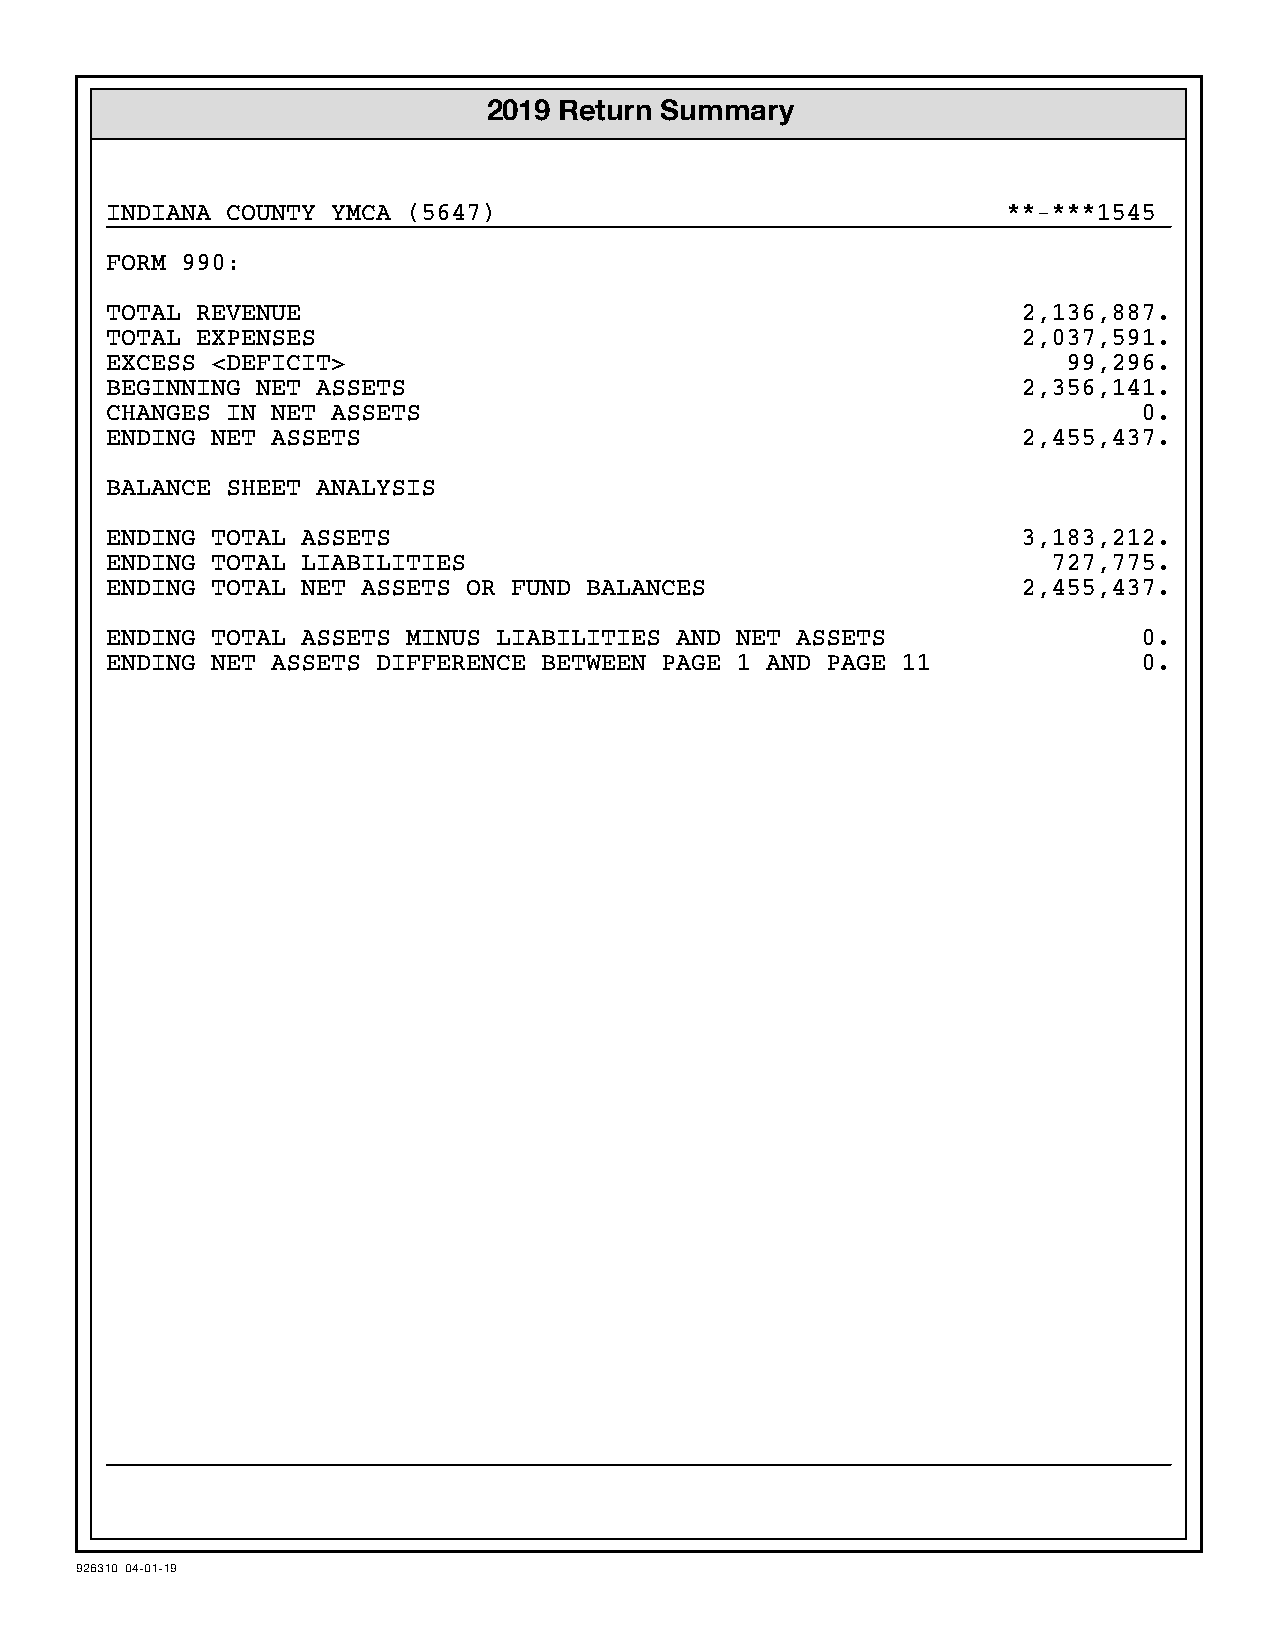
2019 Return Summary
 INDIANA COUNTY YMCA (5647)                                  **-***1545
 FORM 990:
 TOTAL REVENUE                                                2,136,887.
 TOTAL EXPENSES                                               2,037,591.
 EXCESS <DEFICIT>                                                99,296.
 BEGINNING NET ASSETS                                         2,356,141.
 CHANGES IN NET ASSETS                                                0.
 ENDING NET ASSETS                                            2,455,437.
 BALANCE SHEET ANALYSIS
 ENDING TOTAL ASSETS                                          3,183,212.
 ENDING TOTAL LIABILITIES                                       727,775.
 ENDING TOTAL NET ASSETS OR FUND BALANCES                     2,455,437.
 ENDING TOTAL ASSETS MINUS LIABILITIES AND NET ASSETS                 0.
 ENDING NET ASSETS DIFFERENCE BETWEEN PAGE 1 AND PAGE 11              0.
 926310 04-01-19